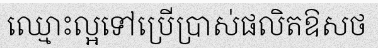
ឈ្មោះល្អទៅប្រើប្រាស់ផលិតឱសថ